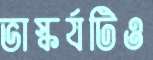
ভাস্কর্যটিও